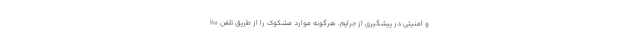
و امنیتی در پیشگیری از جرایم، هرگونه موارد مشکوک را از طریق تلفن 110